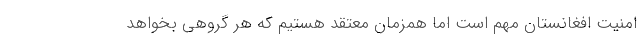
امنيت افغانستان مهم است اما همزمان معتقد هستيم كه هر گروهي بخواهد